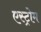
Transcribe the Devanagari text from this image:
एस्ट्रोम